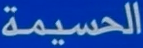
الحسيمة